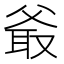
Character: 𤕖